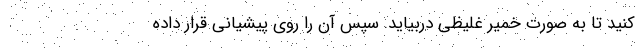
کنید تا به صورت خمیر غلیظی دربیاید. سپس آن را روی پیشیانی قرار داده